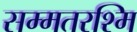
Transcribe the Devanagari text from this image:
सम्मतरश्मि